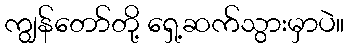
ကျွန်တော်တို့ ရှေ့ဆက်သွားမှာပဲ။